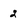
Character: 2